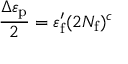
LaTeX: { \frac { \Delta \varepsilon _ { \mathrm { p } } } { 2 } } = \varepsilon _ { \mathrm { f } } ^ { \prime } ( 2 N _ { \mathrm { f } } ) ^ { c }